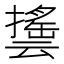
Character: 𰔵